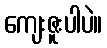
ကျေးဇူးပါပဲ။